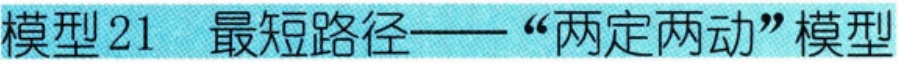
模型 21  最短路径——“两定两动”模型